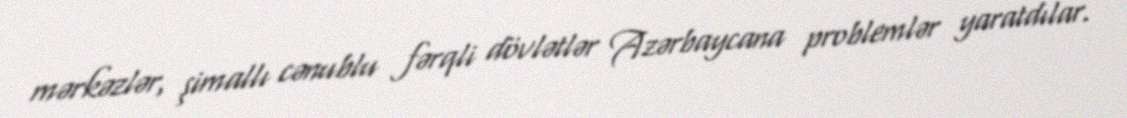
mərkəzlər, şimallı cənublu fərqli dövlətlər Azərbaycana problemlər yaratdılar.